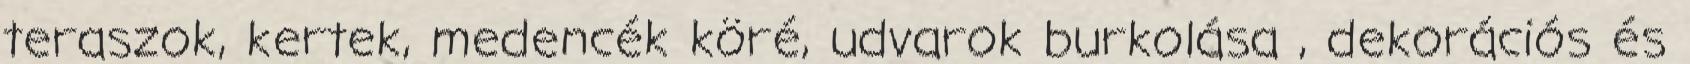
teraszok, kertek, medencék köré, udvarok burkolása , dekorációs és